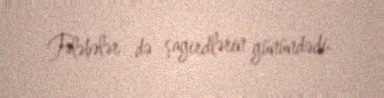
Tələbələr də şagirdlərin günündədi.